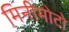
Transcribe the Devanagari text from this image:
मिनीमोटो